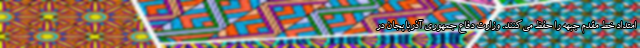
امتداد خط مقدم جبهه را حفظ می‌کنند. وزارت دفاع جمهوری آذربایجان در